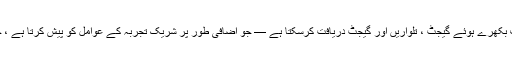
شرکاء بے ترتیب اور ٹارچر کو شکست دینے کے راستے سے ٹاور کے چاروں طرف بکھرے ہوئے گیجٹ ، تلواریں اور گیجٹ دریافت کرسکتا ہے — جو اضافی طور پر شریک تجربہ کے عوامل کو پیش کرتا ہے ، جس میں شریک کردار کو حدود میں فائدہ اٹھانا پڑتا ہے اور اضافی موثر ثابت ہوتا ہے۔